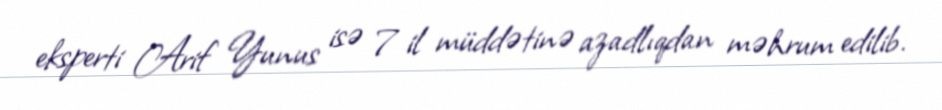
eksperti Arif Yunus isə 7 il müddətinə azadlıqdan məhrum edilib.